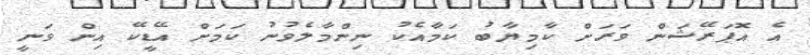
އެ އޮޕަރޭޝަން ވަރަށް ކާމިޔާބު ކަމާއެކު ނިންމާލެވުނު ކަމަށް އޭޑީކޭ އިން ވަނީ